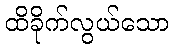
ထိခိုက်လွယ်သော